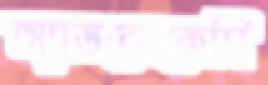
অ্যাডভোকেসি